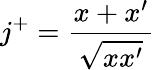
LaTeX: j^{+}={\frac{x+x^{\prime}}{\sqrt{xx^{\prime}}}}